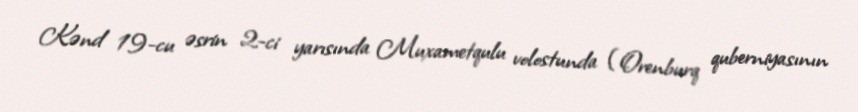
Kənd 19-cu əsrin 2-ci yarısında Muxametqulu volostunda (Orenburq quberniyasının